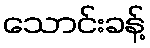
သောင်းခန့်